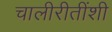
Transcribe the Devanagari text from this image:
चालीरीतींशी